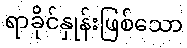
ရာခိုင်နှုန်းဖြစ်သော